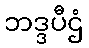
ဘဒ္ဒပီဌံ